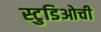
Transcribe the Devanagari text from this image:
स्टुडिओची